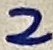
Text: 2